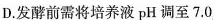
D.发酵前需将培养液pH调至7.0